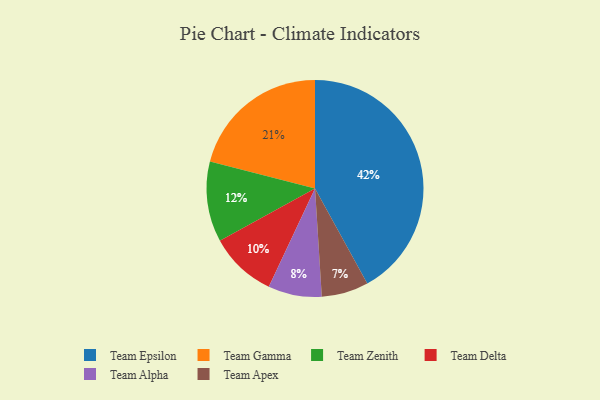
{"axis": {"x": "Category", "y": "Percentage"}, "legend": ["Team Alpha", "Team Apex", "Team Delta", "Team Epsilon", "Team Gamma", "Team Zenith"], "data": [{"x": "Team Zenith", "y": 12, "type": "Team Zenith"}, {"x": "Team Apex", "y": 7, "type": "Team Apex"}, {"x": "Team Epsilon", "y": 42, "type": "Team Epsilon"}, {"x": "Team Alpha", "y": 8, "type": "Team Alpha"}, {"x": "Team Gamma", "y": 21, "type": "Team Gamma"}, {"x": "Team Delta", "y": 10, "type": "Team Delta"}]}